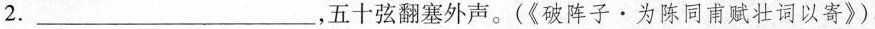
2.___，五十弦翻塞外声。(《破阵子·为陈同甫赋壮词以寄》)